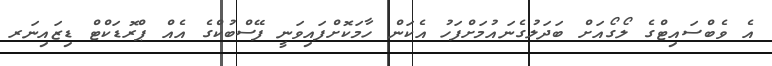
އެ ވެބްސައިޓްގެ ލޯގޯއަށް ބަދަލުގެނައުމަށްފަހު އެކަން ހާމަކޮށްފައިވަނީ ފޭސްބުކްގެ އެއް ޕްރޮޑަކްޓް ޑިޒައިނަރ